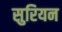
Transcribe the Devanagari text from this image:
सुरियन